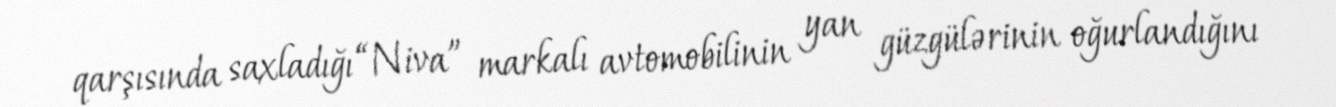
qarşısında saxladığı “Niva” markalı avtomobilinin yan güzgülərinin oğurlandığını